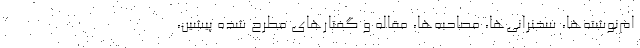
ام‌نوشته‌ها، سخنرانی‌ها، مصاحبه‌ها، مقاله و گفتارهای مطرح شده پیشین،